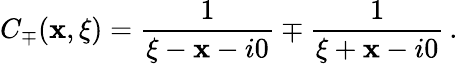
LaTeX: C_{\mp}(\mathbf{x},\xi)=\frac{{1}}{{\xi-\mathbf{x}-i0}}\mp\frac{{1}}{{\xi+\mathbf{x}-i0}}\, .